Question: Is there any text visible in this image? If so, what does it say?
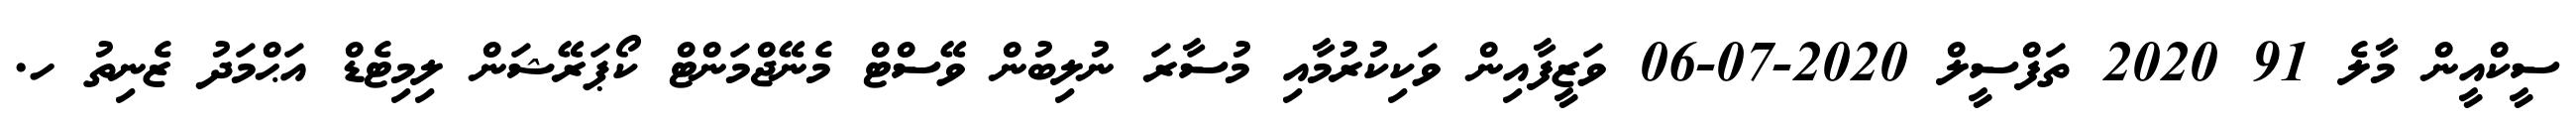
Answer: ސީކްއީން މާލެ 91 2020 ތަފްސީލް 2020-07-06 ވަޒީފާއިން ވަކިކުރުމާއި މުސާރަ ނުލިބުން ވޭސްޓް މެނޭޖްމަންޓް ކޯޕަރޭޝަން ލިމިޓެޑް އަޙްމަދު ޒެނިތު ހ.